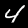
Label: 4